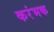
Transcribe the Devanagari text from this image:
करंभक